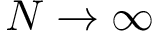
N \to \infty